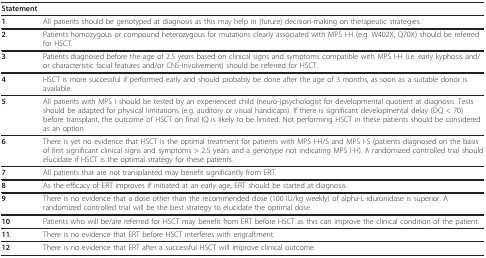
| Statement |  |
 | --- | --- |
 | 1. | All patients should be genotyped at diagnosis as this may help in (future) decision-making on therapeutic strategies. |
 | 2. | Patients homozygous or compound heterozygous for mutations clearly associated with MPS I-H (e.g. W402X, Q70X) should be referred for HSCT. |
 | 3. | Patients diagnosed before the age of 2.5 years based on clinical signs and symptoms compatible with MPS I-H (i.e. early kyphosis and/or characteristic facial features and/or CNS-involvement) should be referred for HSCT. |
 | 4. | HSCT is more successful if performed early and should probably be done after the age of 3 months, as soon as a suitable donor is available. |
 | 5. | All patients with MPS I should be tested by an experienced child (neuro-)psychologist for developmental quotient at diagnosis. Tests should be adapted for physical limitations (e.g. auditory or visual handicaps). If there is significant developmental delay (DQ < 70) before transplant, the outcome of HSCT on final IQ is likely to be limited. Not performing HSCT in these patients should be considered as an option. |
 | 6. | There is yet no evidence that HSCT is the optimal treatment for patients with MPS I-H/S and MPS I-S (patients diagnosed on the basis of first significant clinical signs and symptoms > 2.5 years and a genotype not indicating MPS I-H). A randomized controlled trial should elucidate if HSCT is the optimal strategy for these patients. |
 | 7. | All patients that are not transplanted may benefit significantly from ERT. |
 | 8. | As the efficacy of ERT improves if initiated at an early age, ERT should be started at diagnosis. |
 | 9. | There is no evidence that a dose other than the recommended dose (100 IU/kg weekly) of alpha-L-iduronidase is superior. A randomized controlled trial will be the best strategy to elucidate the optimal dose. |
 | 10. | Patients who will be/are referred for HSCT may benefit from ERT before HSCT as this can improve the clinical condition of the patient. |
 | 11. | There is no evidence that ERT before HSCT interferes with engraftment. |
 | 12. | There is no evidence that ERT after a successful HSCT will improve clinical outcome. |